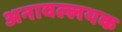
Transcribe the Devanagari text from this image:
अनावल्लयक